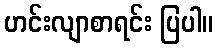
ဟင်းလျာစာရင်း ပြပါ။